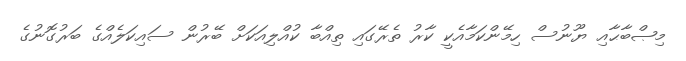
މިޞްބާޙާއި ޔޫނުސް ހިމޭންކަމާއެކީ ކާރު ތެރޭގައި ތިއްބާ ކުއްލިއަކަށް ބޭރުން ސައިކަލެއްގެ ބަރުގޮނުގެ